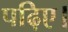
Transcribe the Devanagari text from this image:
पढ़िए।